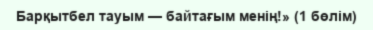
Барқытбел тауым — байтағым менің!» (1 бөлім)